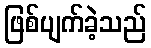
ဖြစ်ပျက်ခဲ့သည်